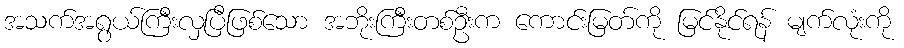
အသက်အရွယ်ကြီးလှပြီဖြစ်သော အဘိုးကြီးတစ်ဦးက ကောင်းမြတ်ကို မြင်နိုင်ရန် မျက်လုံးကို